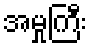
အမှုကြီး